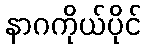
နာဂကိုယ်ပိုင်